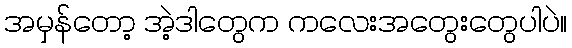
အမှန်တော့ အဲ့ဒါတွေက ကလေးအတွေးတွေပါပဲ။